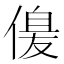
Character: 𠌞